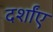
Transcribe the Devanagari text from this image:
दर्शांए